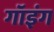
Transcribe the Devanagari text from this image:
गॉइंग